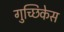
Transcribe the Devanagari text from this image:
गुच्छिकेस